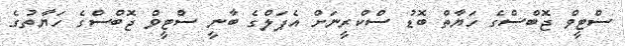
ސްޓީވް ޖޮބްސްގެ ހަޔާތް ބޮޑު ސްކްރީނަށް އެޕަލްގެ ބާނީ ސްޓީވް ޖޮބްސްގެ ހަޔާތުގެ